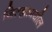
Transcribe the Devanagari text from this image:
जिल्‍ह्यामधील